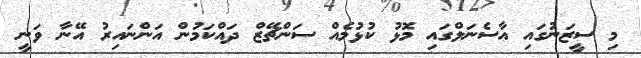
މި ސީޒަނުގައި އާސެނަލްގައި މޮޅު ކުޅުމެއް ސަންޗޭޒް ދައްކަމުން އަންނައިރު އޭނާ ވަނީ